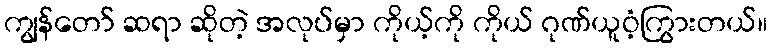
ကျွန်တော် ဆရာ ဆိုတဲ့ အလုပ်မှာ ကိုယ့်ကို ကိုယ် ဂုဏ်ယူဝံ့ကြွားတယ်။